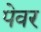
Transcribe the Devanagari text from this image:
पेवर